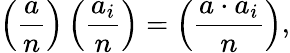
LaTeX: \left({\frac{a}{n}}\right)\left({\frac{a_{i}}{n}}\right)=\left({\frac{a\cdot a_{i}}{n}}\right),